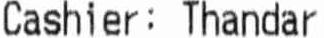
CASHIER: THANDAR